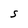
Character: S